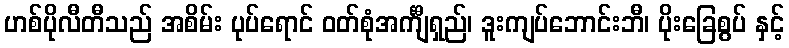
ဟစ်ပိုလီတီသည် အစိမ်း ပုပ်ရောင် ဝတ်စုံအင်္ကျီရှည်၊ ဒူးကျပ်ဘောင်းဘီ၊ ပိုးခြေစွပ် နှင့်